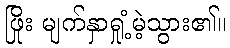
ဖြိုး မျက်နှာရှုံ့မဲ့သွား၏။